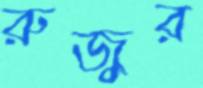
রুজুর